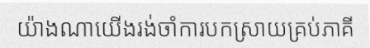
យ៉ាងណាយើងរង់ចាំការបកស្រាយគ្រប់ភាគី